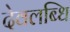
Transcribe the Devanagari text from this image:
देवलब्धि